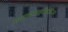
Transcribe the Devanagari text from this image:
हाइपरथाइरॉइडिज्म